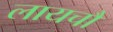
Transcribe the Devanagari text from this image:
लायचौ